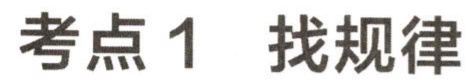
考点 1 找规律